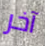
آخر